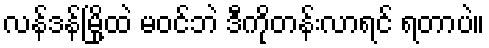
လန်ဒန်မြို့ထဲ မဝင်ဘဲ ဒီကိုတန်းလာရင် ရတာပဲ။